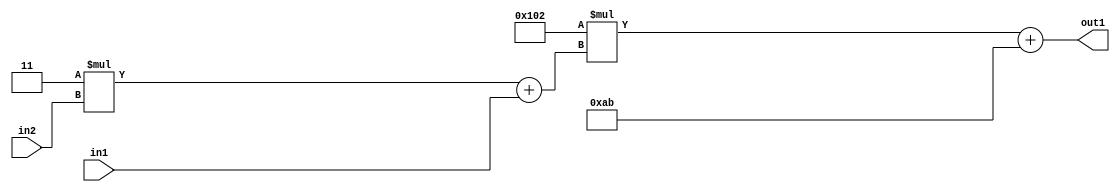
`timescale 1ps / 1ps
/*****************************************************************************
    Verilog RTL Description
    
    
    Created by: Stratus DpOpt 2019.1.01 
*******************************************************************************/

module DC_Filter_Add2i171Mul2i258Add2u1Mul2i3u2_1 (
	in2,
	in1,
	out1
	); /* architecture "behavioural" */ 
input [1:0] in2;
input  in1;
output [11:0] out1;
wire [11:0] asc001;
wire [3:0] asc002;

wire [3:0] asc002_tmp_0;
assign asc002_tmp_0 = 
	+(4'B0011 * in2);
assign asc002 = asc002_tmp_0
	+(in1);

wire [11:0] asc001_tmp_1;
assign asc001_tmp_1 = 
	+(12'B000100000010 * asc002);
assign asc001 = asc001_tmp_1
	+(12'B000010101011);

assign out1 = asc001;
endmodule

/* CADENCE  v7X2Tg8= : u9/ySgnWtBlWxVPRXgAZ4Og= ** DO NOT EDIT THIS LINE ******/